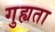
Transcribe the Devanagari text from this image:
गुह्यता